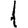
Digit: 1